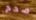
صحح